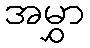
အမွှာ